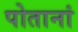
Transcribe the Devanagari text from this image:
पोतानां